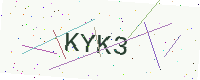
Text: KYK3